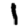
Digit: 1